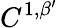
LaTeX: C^{1,\beta^{\prime}}